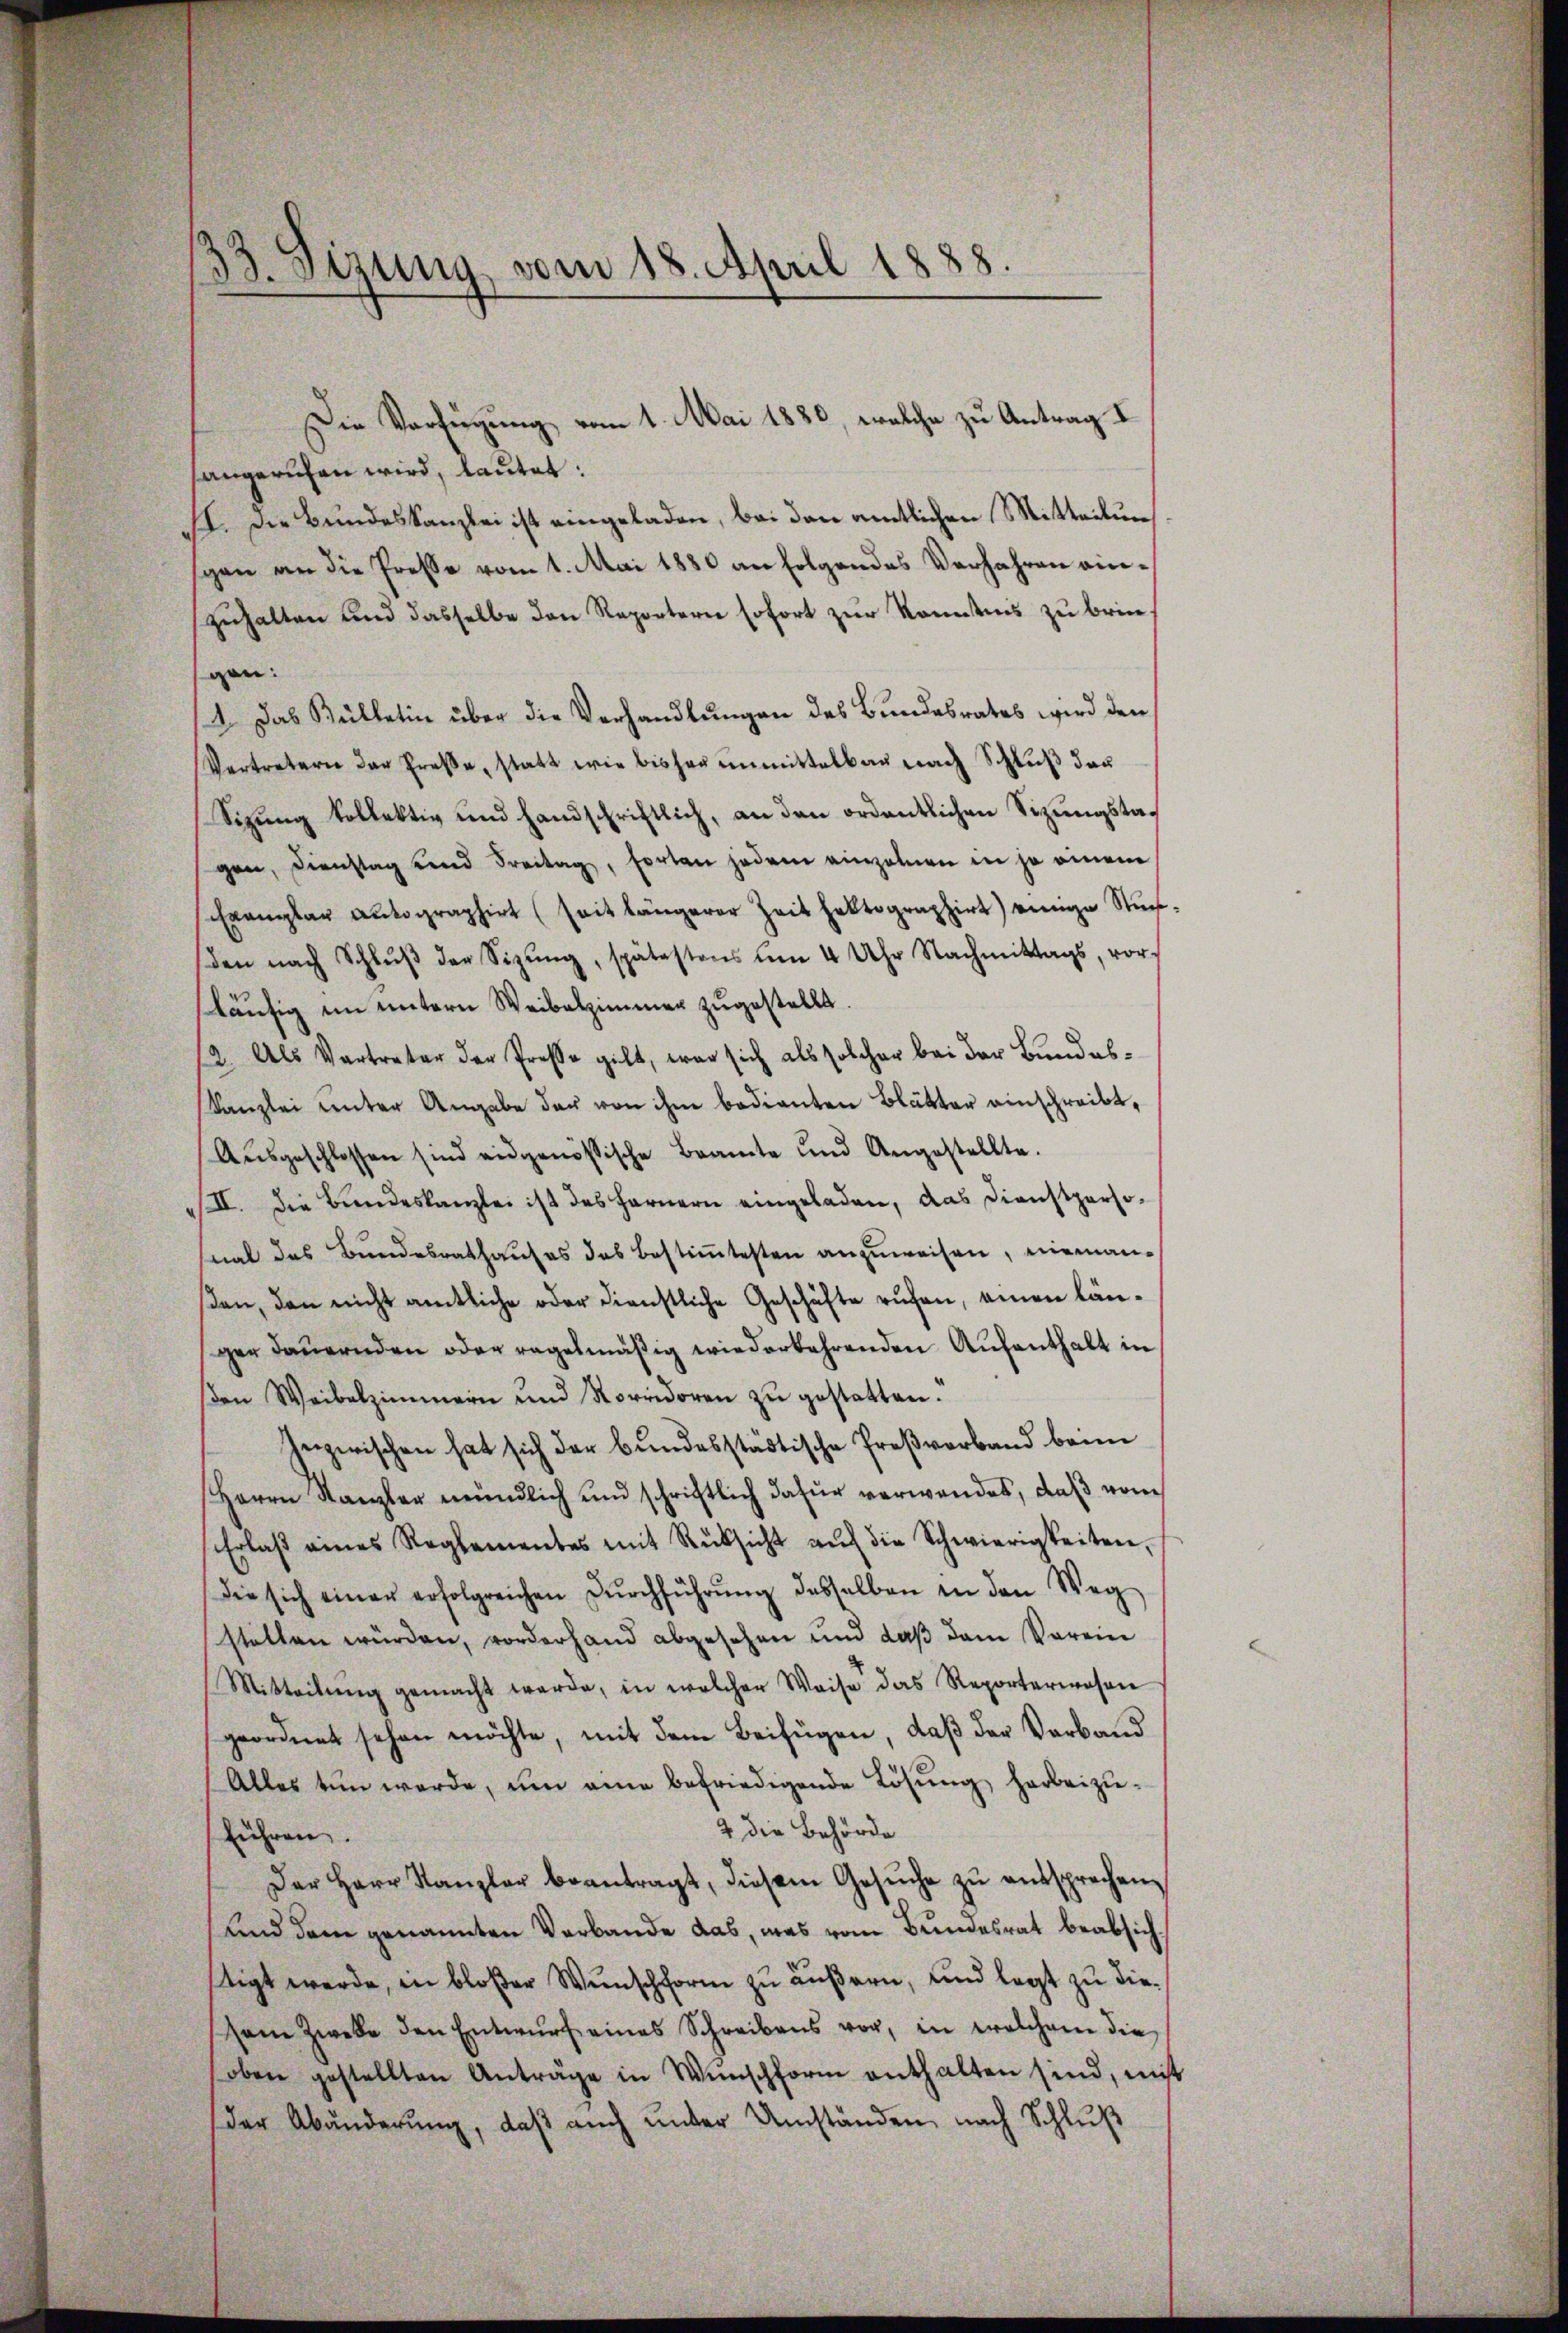
3. Sizung vom 18. April 1888.

Die Verfügung vom 1. Mai 1880, welche zu Antrag I
sangeruhen wird, lautet:
II. Die Bundeskanzlei ist eingeladen, bei den amtlichen Mitteilung
gen an die Presse vom 1. Mai 1880 an folgendes Verfahren einzuhalten und dasselbe den Reportern sofort zur Kenntnis zu bringan:
4. Das Bülletin über die Verhandlungen des Bundesrates wird den
Vertretern das Erasse, statt wie bisher ŭnmittelbar nach Schlŭβ der
Sizung kollektiv und handschriftlich, an den ordentlichen Sizungstagen, Dienstag und Freitag, forten jedem einzelnen in je einem
Exemplar autographirt (seit längerer Zeit faktographirt) einige Stunden nach Schlŭβ der Sizŭng, spätestens ŭm 4 Uhr Nachmittags, vor-
läufig im untern Weibelzimmer zugestellt.
12. Als Vertreter der Presse gilt, war sich als solcher bei der Bundes¬
Kanzlei unter Angabe der von ihm bedienten Blätter einschreibt,
Ausgeschlossen sind eidgenössische Beamte und Angestellte.
/II. Die Bundeskanzlei ist das Fernern eingeladen, das Dienstpersomal das Bundesrathauses das Bestiṁtesten anzuweisen, niemanßen, den nicht amtliche oder dienstliche Geschäfte rufen, einen länger dauernden oder regelmäßig wiederkehrenden Aufenthalt in
βen Weibelzimmern und Vorridoren zŭ gestatten.
Inzwischen hat sich der bundesstädtische Preßverband beim
Herrn Kanzler mündlich und schriftlich dafür verwandes, daβ vom
Erlaβ eines Reglementes mit Rüksicht aŭf die Schwierigkeiten,
die sich einer erfolgreichen Dŭrchführŭng desselben in den Weg
statten würden, worderhand abgesehen und daß dem Verein
Mitteilŭng gemacht werde, in welcher Weise das Reporteriesen
geordnet sehen möchte, mit dem Beifügen, daß der Verband
Alles tun werde, um eine befriedigende Lösung herbeizu¬
2 die Behörde
führen.
Der Herr Kanzler beantragt, diesem Gesŭche zŭ entsprechen,
und dem genannten Verbande das, was vom Bundesrat beabsichtigt werde, in bloßer Wunschform zu äußern, und legt zu diesem Zweke den Entwŭrf eines Schreibens vor, in welchem die
oben gestellten Anträge in Wŭnschform enthalten sind, mit
der Abänderŭng, daβ aŭch ŭnter Umständen nach Schlŭβ